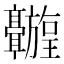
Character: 𬴦